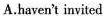
A.haven't invited